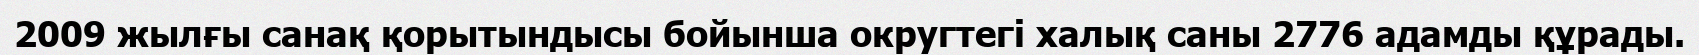
2009 жылғы санақ қорытындысы бойынша округтегі халық саны 2776 адамды құрады.